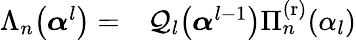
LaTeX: \begin{array}{rl}{\Lambda_{n}\big(\boldsymbol{\alpha}^{l}\big)=}&{{}\mathcal{Q}_{l}\big(\boldsymbol{\alpha}^{l-1}\big)\Pi_{n}^{\mathrm{(r)}}(\alpha_{l})}\end{array}